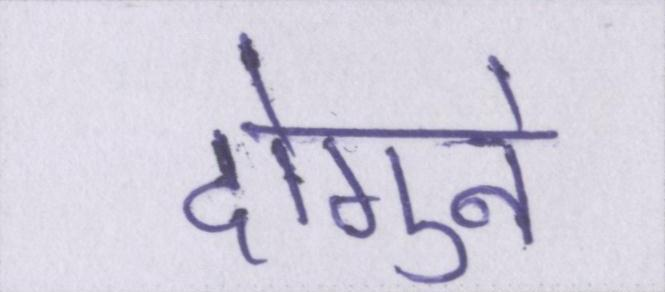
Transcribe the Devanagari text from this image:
दोगुने